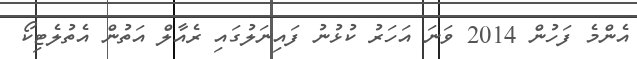
އެންމެ ފަހުން 2014 ވަނަ އަހަރު ކުޅުނު ފައިނަލުގައި ރެއާލް އަތުން އެތުލެޓިކޯ